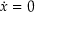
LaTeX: { \dot { x } } = 0